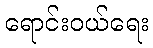
ရောင်းဝယ်ရေး